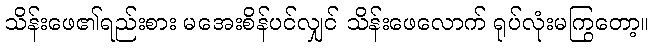
သိန်းဖေ၏ရည်းစား မအေးစိန်ပင်လျှင် သိန်းဖေလောက် ရုပ်လုံးမကြွတော့။